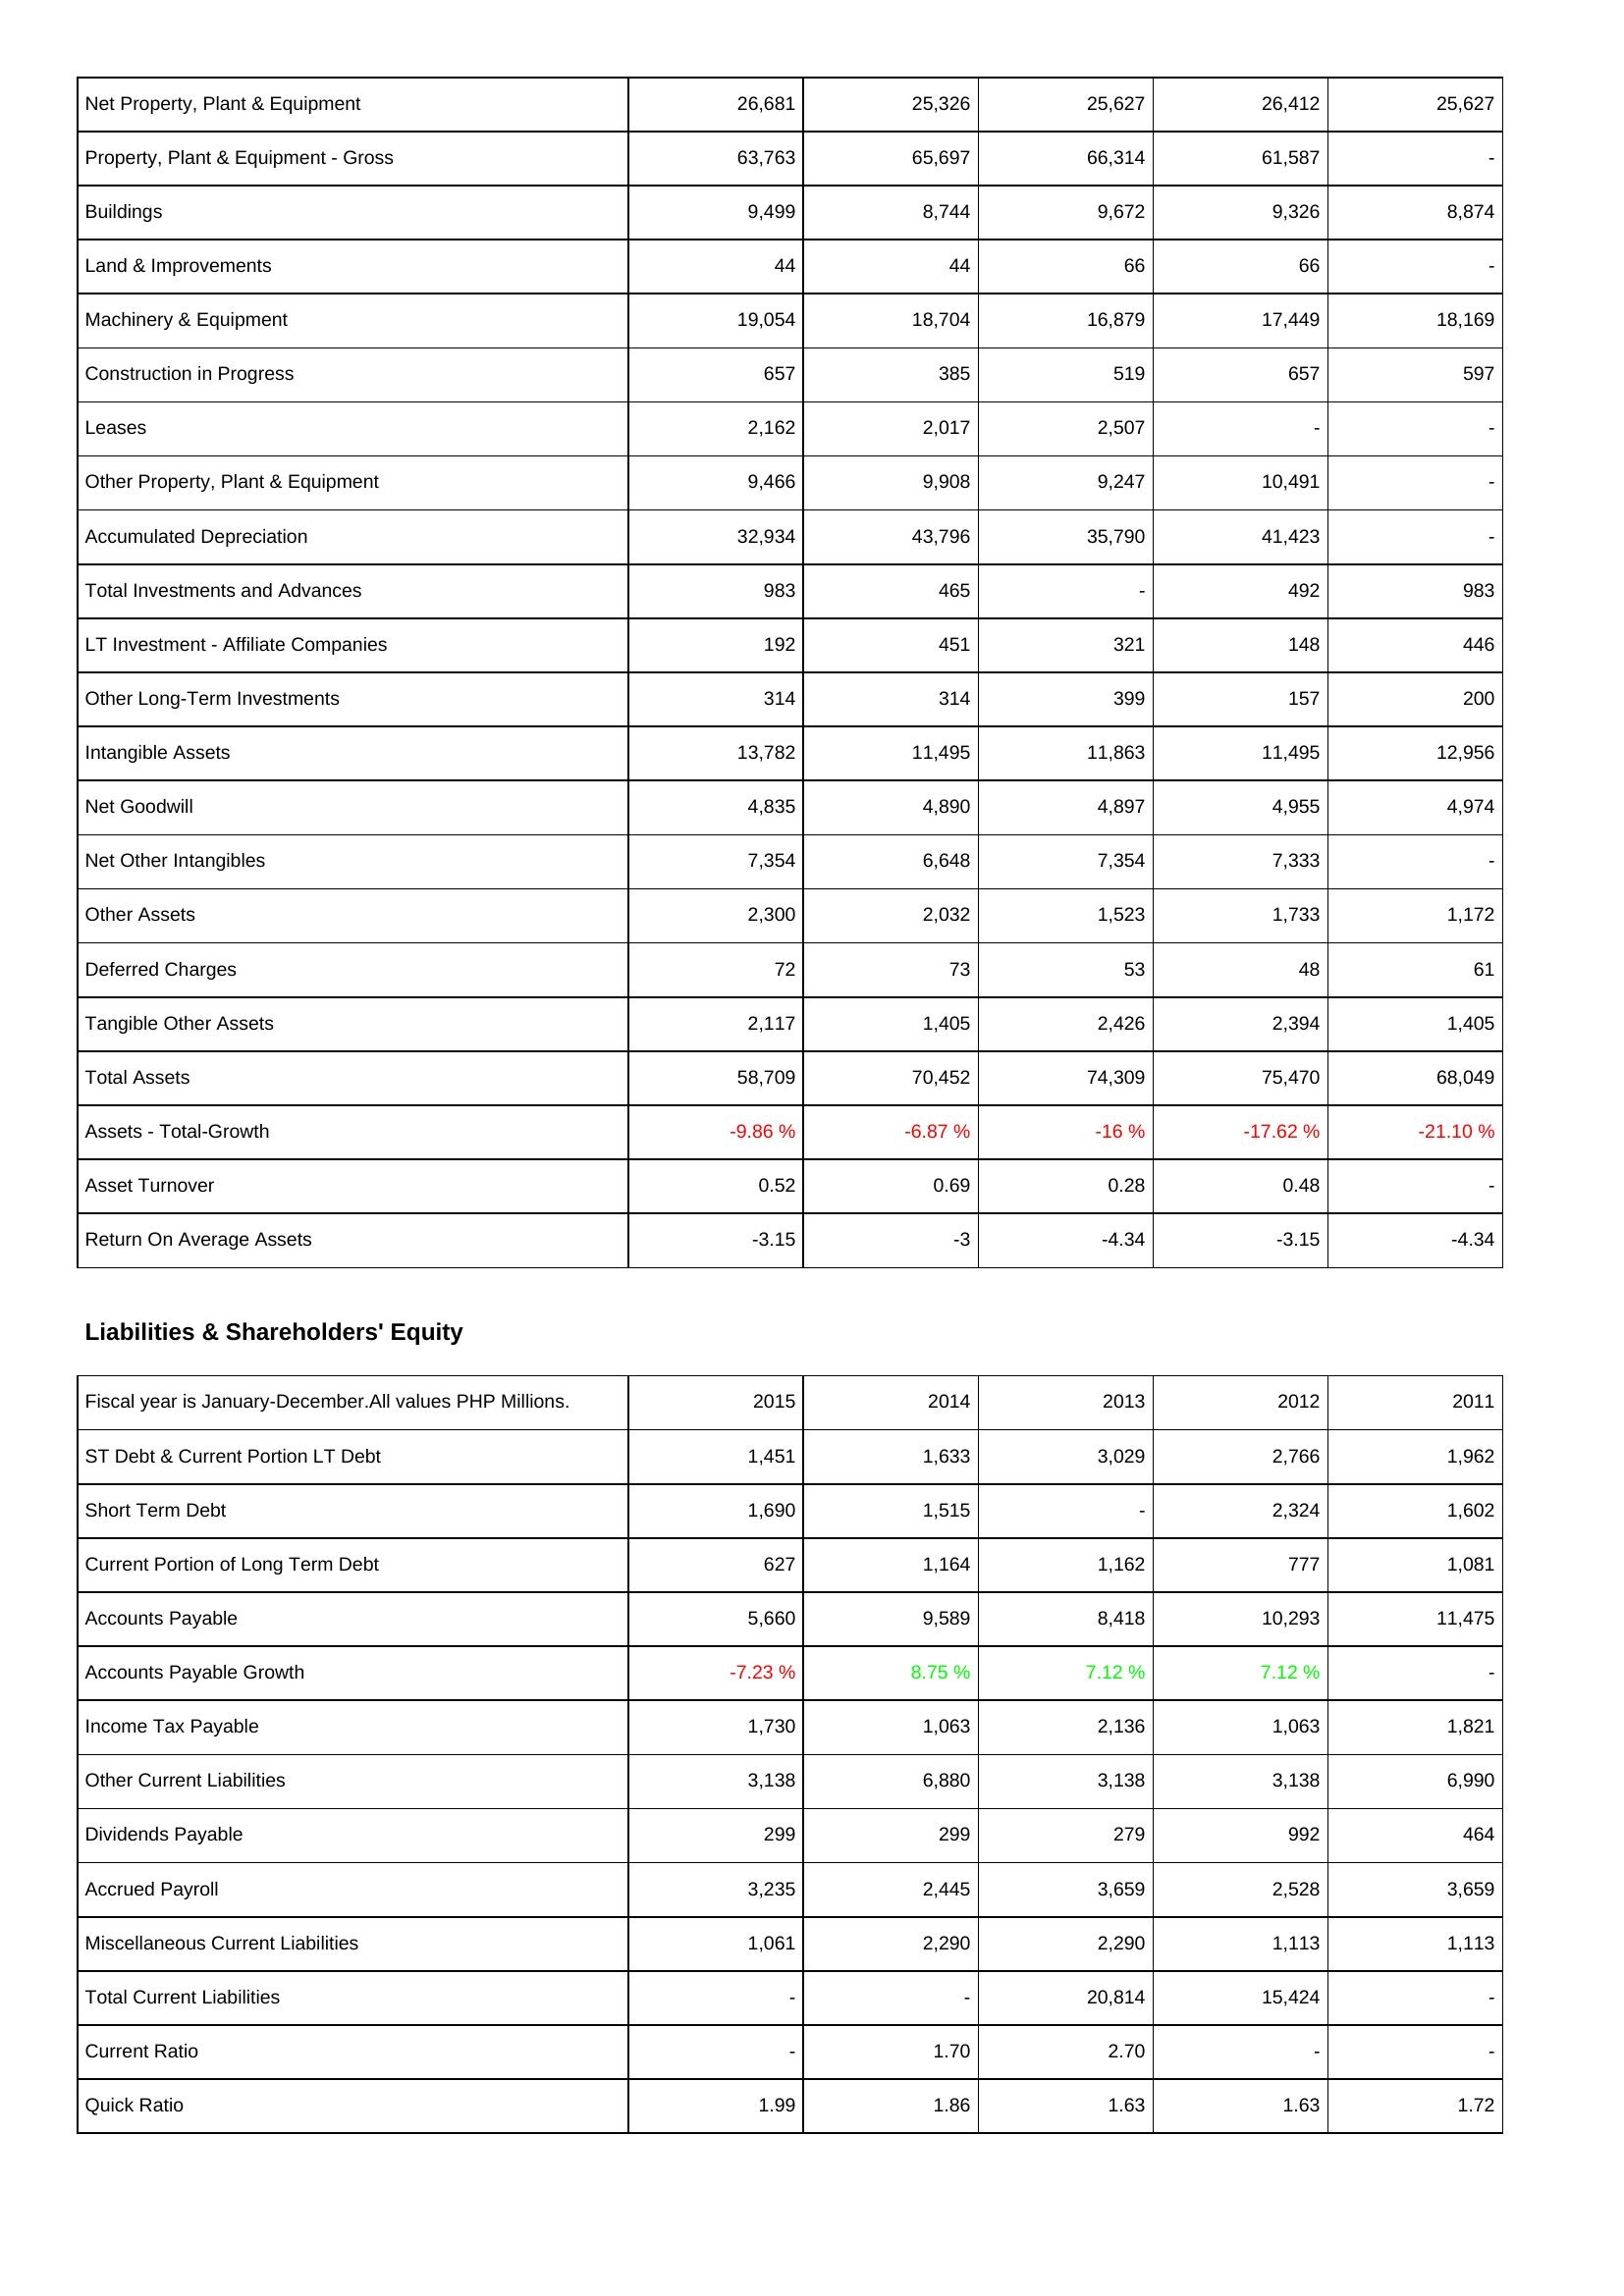
2015: Assets: Net Property, Plant & Equipment: 26,681
Property, Plant & Equipment - Gross: 63,763
Buildings: 9,499
Land & Improvements: 44
Machinery & Equipment: 19,054
Construction in Progress: 657
Leases: 2,162
Other Property, Plant & Equipment: 9,466
Accumulated Depreciation: 32,934
Total Investments and Advances: 983
LT Investment - Affiliate Companies: 192
Other Long-Term Investments: 314
Intangible Assets: 13,782
Net Goodwill: 4,835
Net Other Intangibles: 7,354
Other Assets: 2,300
Deferred Charges: 72
Tangible Other Assets: 2,117
Total Assets: 58,709
Assets - Total-Growth: -9.86 %
Asset Turnover: 0.52
Return On Average Assets: -3.15
Liabilities & Shareholders' Equity: ST Debt & Current Portion LT Debt: 1,451
Short Term Debt: 1,690
Current Portion of Long Term Debt: 627
Accounts Payable: 5,660
Accounts Payable Growth: -7.23 %
Income Tax Payable: 1,730
Other Current Liabilities: 3,138
Dividends Payable: 299
Accrued Payroll: 3,235
Miscellaneous Current Liabilities: 1,061
Total Current Liabilities: -
Current Ratio: -
Quick Ratio: 1.99
2014: Assets: Net Property, Plant & Equipment: 25,326
Property, Plant & Equipment - Gross: 65,697
Buildings: 8,744
Land & Improvements: 44
Machinery & Equipment: 18,704
Construction in Progress: 385
Leases: 2,017
Other Property, Plant & Equipment: 9,908
Accumulated Depreciation: 43,796
Total Investments and Advances: 465
LT Investment - Affiliate Companies: 451
Other Long-Term Investments: 314
Intangible Assets: 11,495
Net Goodwill: 4,890
Net Other Intangibles: 6,648
Other Assets: 2,032
Deferred Charges: 73
Tangible Other Assets: 1,405
Total Assets: 70,452
Assets - Total-Growth: -6.87 %
Asset Turnover: 0.69
Return On Average Assets: -3
Liabilities & Shareholders' Equity: ST Debt & Current Portion LT Debt: 1,633
Short Term Debt: 1,515
Current Portion of Long Term Debt: 1,164
Accounts Payable: 9,589
Accounts Payable Growth: 8.75 %
Income Tax Payable: 1,063
Other Current Liabilities: 6,880
Dividends Payable: 299
Accrued Payroll: 2,445
Miscellaneous Current Liabilities: 2,290
Total Current Liabilities: -
Current Ratio: 1.70
Quick Ratio: 1.86
2013: Assets: Net Property, Plant & Equipment: 25,627
Property, Plant & Equipment - Gross: 66,314
Buildings: 9,672
Land & Improvements: 66
Machinery & Equipment: 16,879
Construction in Progress: 519
Leases: 2,507
Other Property, Plant & Equipment: 9,247
Accumulated Depreciation: 35,790
Total Investments and Advances: -
LT Investment - Affiliate Companies: 321
Other Long-Term Investments: 399
Intangible Assets: 11,863
Net Goodwill: 4,897
Net Other Intangibles: 7,354
Other Assets: 1,523
Deferred Charges: 53
Tangible Other Assets: 2,426
Total Assets: 74,309
Assets - Total-Growth: -16 %
Asset Turnover: 0.28
Return On Average Assets: -4.34
Liabilities & Shareholders' Equity: ST Debt & Current Portion LT Debt: 3,029
Short Term Debt: -
Current Portion of Long Term Debt: 1,162
Accounts Payable: 8,418
Accounts Payable Growth: 7.12 %
Income Tax Payable: 2,136
Other Current Liabilities: 3,138
Dividends Payable: 279
Accrued Payroll: 3,659
Miscellaneous Current Liabilities: 2,290
Total Current Liabilities: 20,814
Current Ratio: 2.70
Quick Ratio: 1.63
2012: Assets: Net Property, Plant & Equipment: 26,412
Property, Plant & Equipment - Gross: 61,587
Buildings: 9,326
Land & Improvements: 66
Machinery & Equipment: 17,449
Construction in Progress: 657
Leases: -
Other Property, Plant & Equipment: 10,491
Accumulated Depreciation: 41,423
Total Investments and Advances: 492
LT Investment - Affiliate Companies: 148
Other Long-Term Investments: 157
Intangible Assets: 11,495
Net Goodwill: 4,955
Net Other Intangibles: 7,333
Other Assets: 1,733
Deferred Charges: 48
Tangible Other Assets: 2,394
Total Assets: 75,470
Assets - Total-Growth: -17.62 %
Asset Turnover: 0.48
Return On Average Assets: -3.15
Liabilities & Shareholders' Equity: ST Debt & Current Portion LT Debt: 2,766
Short Term Debt: 2,324
Current Portion of Long Term Debt: 777
Accounts Payable: 10,293
Accounts Payable Growth: 7.12 %
Income Tax Payable: 1,063
Other Current Liabilities: 3,138
Dividends Payable: 992
Accrued Payroll: 2,528
Miscellaneous Current Liabilities: 1,113
Total Current Liabilities: 15,424
Current Ratio: -
Quick Ratio: 1.63
2011: Assets: Net Property, Plant & Equipment: 25,627
Property, Plant & Equipment - Gross: -
Buildings: 8,874
Land & Improvements: -
Machinery & Equipment: 18,169
Construction in Progress: 597
Leases: -
Other Property, Plant & Equipment: -
Accumulated Depreciation: -
Total Investments and Advances: 983
LT Investment - Affiliate Companies: 446
Other Long-Term Investments: 200
Intangible Assets: 12,956
Net Goodwill: 4,974
Net Other Intangibles: -
Other Assets: 1,172
Deferred Charges: 61
Tangible Other Assets: 1,405
Total Assets: 68,049
Assets - Total-Growth: -21.10 %
Asset Turnover: -
Return On Average Assets: -4.34
Liabilities & Shareholders' Equity: ST Debt & Current Portion LT Debt: 1,962
Short Term Debt: 1,602
Current Portion of Long Term Debt: 1,081
Accounts Payable: 11,475
Accounts Payable Growth: -
Income Tax Payable: 1,821
Other Current Liabilities: 6,990
Dividends Payable: 464
Accrued Payroll: 3,659
Miscellaneous Current Liabilities: 1,113
Total Current Liabilities: -
Current Ratio: -
Quick Ratio: 1.72